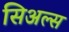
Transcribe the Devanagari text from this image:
सिअल्स